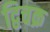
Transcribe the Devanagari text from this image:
द्विचक्र